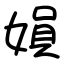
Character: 㜏